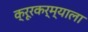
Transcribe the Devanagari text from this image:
क्रूरकर्म्याला